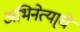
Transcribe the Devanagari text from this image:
अभिनेत्या्चे